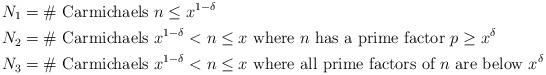
LaTeX: \begin{align*} N_1 &= \mbox{\# Carmichaels } n \leq x^{1-\delta} \\ N_2 &= \mbox{\# Carmichaels } x^{1-\delta} < n \leq x \mbox{ where } n \mbox{ has a prime factor } p \geq x^\delta \\ N_3 &= \mbox{\# Carmichaels } x^{1-\delta} < n \leq x \mbox{ where all prime factors of } n \mbox{ are below } x^\delta\end{align*}